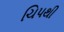
ચિપથી